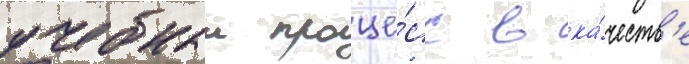
учебныи проце́сс в ка́честв'е